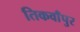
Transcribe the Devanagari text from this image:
तिकवाँपुर